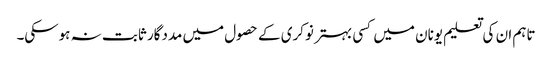
تاہم ان کی تعلیم یونان میں کسی بہتر نوکری کے حصول میں مددگار ثابت نہ ہوسکی۔